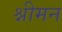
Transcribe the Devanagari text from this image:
श्नीमन